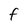
Character: f